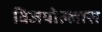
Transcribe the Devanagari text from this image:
विजयोल्लास